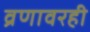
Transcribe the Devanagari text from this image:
व्रणावरही